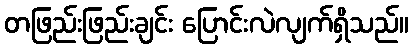
တဖြည်းဖြည်းချင်း ပြောင်းလဲလျက်ရှိသည်။